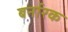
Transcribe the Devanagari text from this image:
बर्नारक